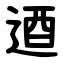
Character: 逎